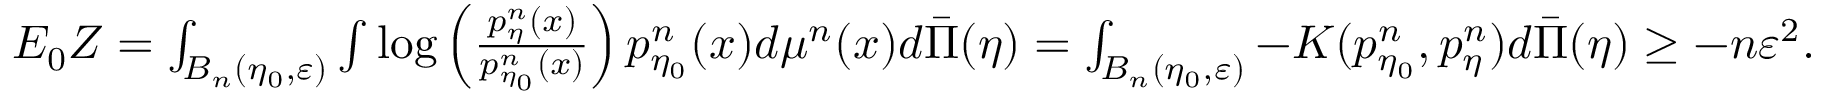
\begin{array} { r } { E _ { 0 } Z = \int _ { B _ { n } ( \eta _ { 0 } , \varepsilon ) } \int \log \left( \frac { p _ { \eta } ^ { n } ( x ) } { p _ { \eta _ { 0 } } ^ { n } ( x ) } \right) p _ { \eta _ { 0 } } ^ { n } ( x ) d \mu ^ { n } ( x ) d \bar { \Pi } ( \eta ) = \int _ { B _ { n } ( \eta _ { 0 } , \varepsilon ) } - K ( p _ { \eta _ { 0 } } ^ { n } , p _ { \eta } ^ { n } ) d \bar { \Pi } ( \eta ) \geq - n \varepsilon ^ { 2 } . } \end{array}